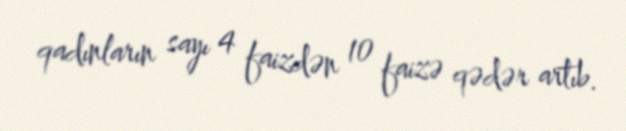
qadınların sayı 4 faizdən 10 faizə qədər artıb.